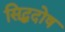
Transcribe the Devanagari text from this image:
सिद्धदोष